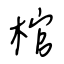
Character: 棺